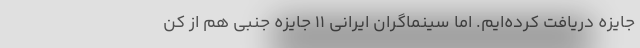
جایزه دریافت کرده‌ایم. اما سینماگران ایرانی ۱۱ جایزه جنبی هم از کن